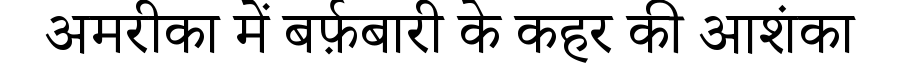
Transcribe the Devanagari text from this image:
अमरीका में बर्फ़बारी के कहर की आशंका